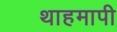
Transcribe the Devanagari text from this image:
थाहमापी